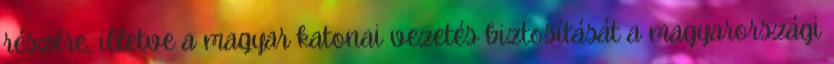
részére, illetve a magyar katonai vezetés biztosítását a magyarországi